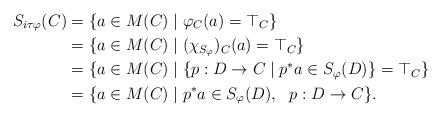
LaTeX: \begin{align*}S_{i\tau\varphi}(C) & = \{a \in M(C) \mid \varphi_C(a) = \top_C\} \\&= \{a \in M(C) \mid (\chi_{S_\varphi})_C(a) = \top_C\} \\&= \{a \in M(C) \mid \{p : D \rightarrow C \mid p^\ast a \in S_\varphi(D)\} = \top_C\} \\& = \{a \in M(C) \mid p^\ast a \in S_{\varphi}(D), \ \ p : D \rightarrow C\}.\end{align*}